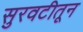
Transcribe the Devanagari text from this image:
सुरवटीतून